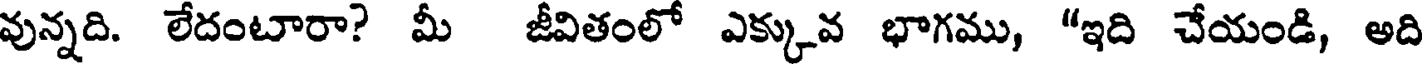
వున్నది. లేదంటారా? మీ జీవితంలో ఎక్కువ భాగము, "ఇది చేయండి, అది